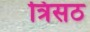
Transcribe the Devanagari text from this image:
त्रिसठ